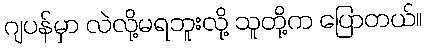
ဂျပန်မှာ လဲလို့မရဘူးလို့ သူတို့က ပြောတယ်။